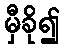
မှီခို၍